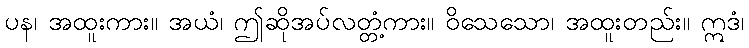
ပန၊ အထူးကား။ အယံ၊ ဤဆိုအပ်လတ္တံ့ကား။ ဝိသေသော၊ အထူးတည်း။ ဣဒံ၊